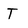
Character: T